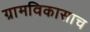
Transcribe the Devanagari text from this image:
ग्रामविकासाच